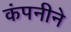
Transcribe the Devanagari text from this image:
कंपनीने